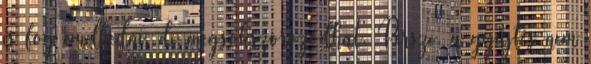
is fog emelkedni, de megsokszorozódhat. Persze, a gyűjtés nem